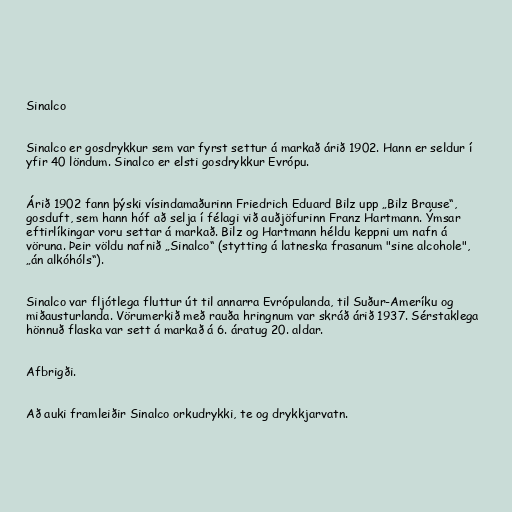
Sinalco

Sinalco er gosdrykkur sem var fyrst settur á markað árið 1902. Hann er seldur í
yfir 40 löndum. Sinalco er elsti gosdrykkur Evrópu.

Árið 1902 fann þýski vísindamaðurinn Friedrich Eduard Bilz upp „Bilz Brause“,
gosduft, sem hann hóf að selja í félagi við auðjöfurinn Franz Hartmann. Ýmsar
eftirlíkingar voru settar á markað. Bilz og Hartmann héldu keppni um nafn á
vöruna. Þeir völdu nafnið „Sinalco“ (stytting á latneska frasanum "sine alcohole",
„án alkóhóls“).

Sinalco var fljótlega fluttur út til annarra Evrópulanda, til Suður-Ameríku og
miðausturlanda. Vörumerkið með rauða hringnum var skráð árið 1937. Sérstaklega
hönnuð flaska var sett á markað á 6. áratug 20. aldar.

Afbrigði.

Að auki framleiðir Sinalco orkudrykki, te og drykkjarvatn.